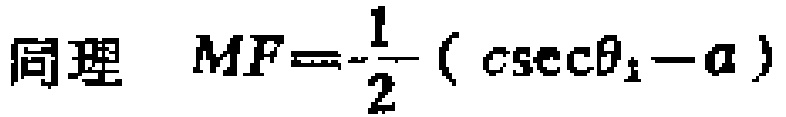
同理 \(MF = \frac{1}{2}(\csc\theta_{1}-a)\)